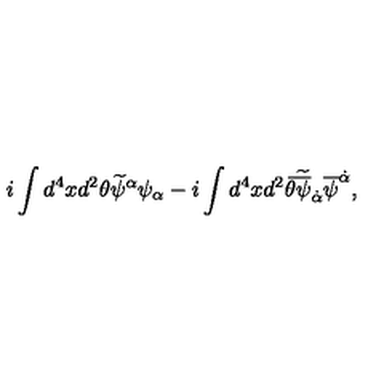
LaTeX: i \int d ^ { 4 } x d ^ { 2 } \theta \widetilde \psi ^ { \alpha } \psi _ { \alpha } - i \int d ^ { 4 } x d ^ { 2 } \bar { \theta } \widetilde { \overline { \psi } } _ { \dot { \alpha } } \overline { \psi } ^ { \dot { \alpha } } ,